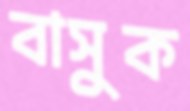
বাসুক